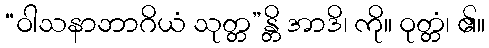
“ဝါသနာဘာဂိယံ သုတ္တ”န္တိ အာဒိ၊ ကို။ ဝုတ္တံ၊ ၏။